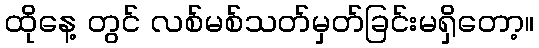
ထိုနေ့ တွင် လစ်မစ်သတ်မှတ်ခြင်းမရှိတော့။